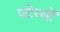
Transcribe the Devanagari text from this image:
पटेरसों